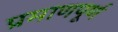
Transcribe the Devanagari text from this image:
प्रमाणपूर्ण